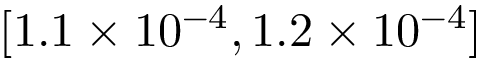
[ 1 . 1 \times 1 0 ^ { - 4 } , 1 . 2 \times 1 0 ^ { - 4 } ]